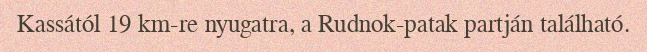
Kassától 19 km-re nyugatra, a Rudnok-patak partján található.